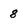
Character: 8